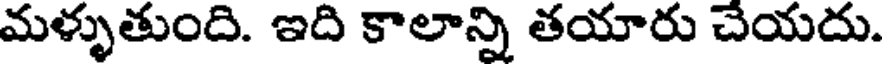
మళ్ళుతుంది. ఇది కాలాన్ని తయారు చేయదు.